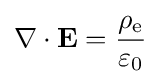
\nabla \cdot \mathbf {E} ={\frac {\rho _{\mathrm {e} }}{\varepsilon _{0}}}